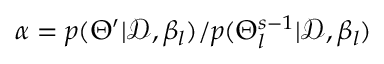
\alpha = { p ( \Theta ^ { \prime } | \mathcal { D } , \beta _ { l } ) } / { p ( \Theta _ { l } ^ { s - 1 } | \mathcal { D } , \beta _ { l } ) }